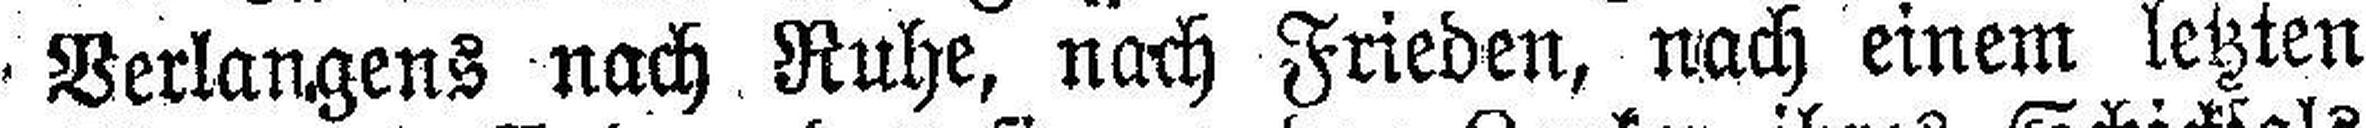
Verlangens nach Ruhe, nach Frieden, nach einem letzten